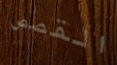
القصص